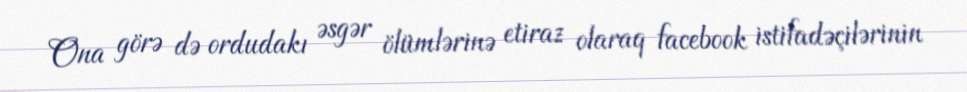
Ona görə də ordudakı əsgər ölümlərinə etiraz olaraq facebook istifadəçilərinin